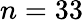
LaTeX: n=33